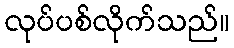
လုပ်ပစ်လိုက်သည်။